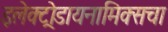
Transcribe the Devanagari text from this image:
इलेक्ट्रोडायनामिक्सचा